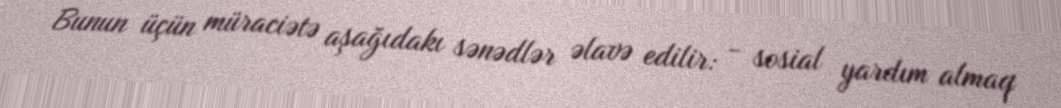
Bunun üçün müraciətə aşağıdakı sənədlər əlavə edilir: - sosial yardım almaq